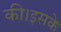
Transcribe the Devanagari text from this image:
की।इसके